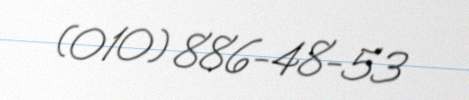
(010) 886-48-53